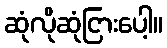
ဆုံလိုဆုံငြားပေါ့။